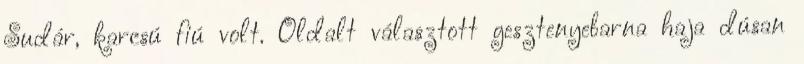
Sudár, karcsú fiú volt. Oldalt választott gesztenyebarna haja dúsan